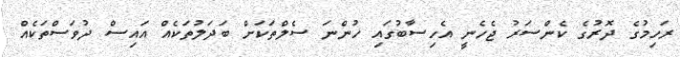
ރަހިމުގެ ދޮރުގެ ކެންސަރު ޖެހެނީ އެހިސާބުގައި ހުންނަ ސެލްތަކަށް ބަދަލުތަކެއް އައިސް ދުވަސްތަކެއް